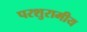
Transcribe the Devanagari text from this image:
परशुरामीय